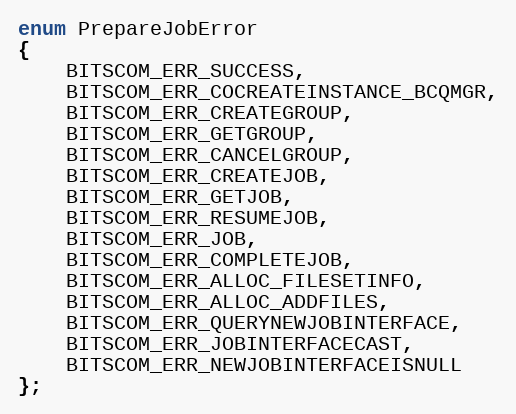
Language: C
enum PrepareJobError
{
	BITSCOM_ERR_SUCCESS,
	BITSCOM_ERR_COCREATEINSTANCE_BCQMGR,
	BITSCOM_ERR_CREATEGROUP,
	BITSCOM_ERR_GETGROUP,
	BITSCOM_ERR_CANCELGROUP,
	BITSCOM_ERR_CREATEJOB,
	BITSCOM_ERR_GETJOB,
	BITSCOM_ERR_RESUMEJOB,
	BITSCOM_ERR_JOB,
	BITSCOM_ERR_COMPLETEJOB,
	BITSCOM_ERR_ALLOC_FILESETINFO,
	BITSCOM_ERR_ALLOC_ADDFILES,
	BITSCOM_ERR_QUERYNEWJOBINTERFACE,
	BITSCOM_ERR_JOBINTERFACECAST,
	BITSCOM_ERR_NEWJOBINTERFACEISNULL
};